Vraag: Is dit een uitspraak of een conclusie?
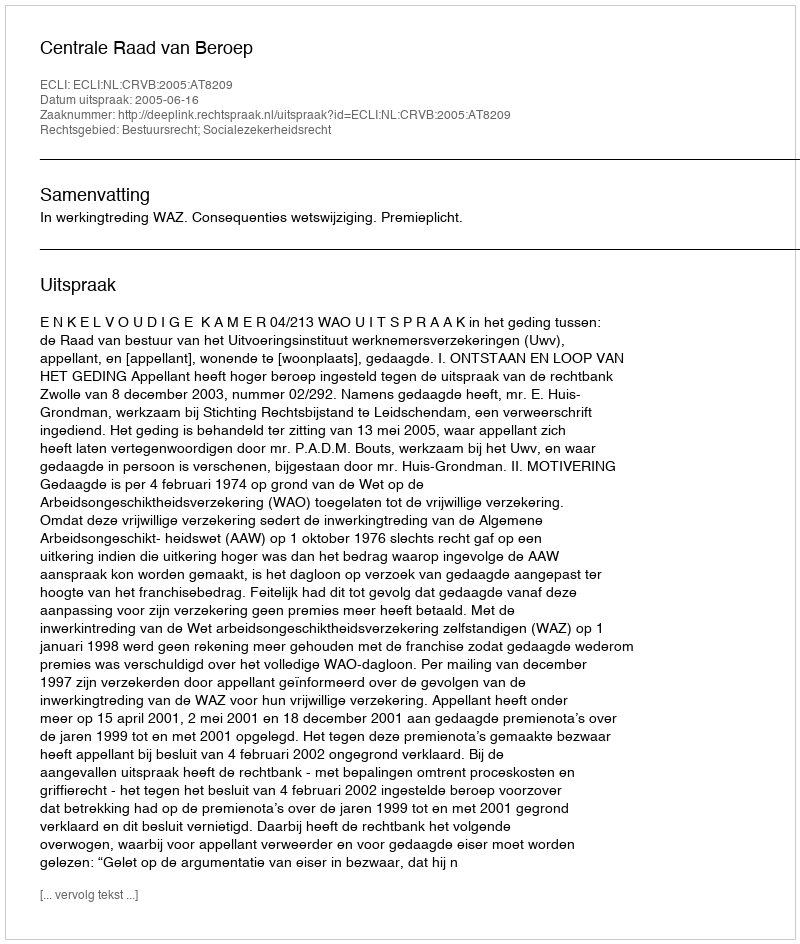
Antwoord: Uitspraak